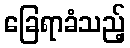
ခြေရာခံသည့်